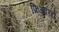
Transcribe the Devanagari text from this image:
फ़िओरिटो